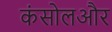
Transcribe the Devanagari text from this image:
कंसोलऔर